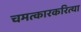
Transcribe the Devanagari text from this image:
चमत्कारकरित्या